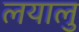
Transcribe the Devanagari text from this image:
लयालु